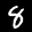
Label: 8